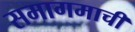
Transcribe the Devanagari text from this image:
समागमाची